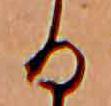
る